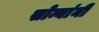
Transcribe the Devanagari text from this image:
सोन्यांनी